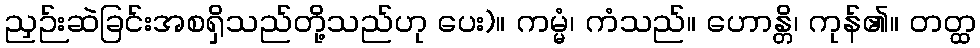
ညှဉ်းဆဲခြင်းအစရှိသည်တို့သည်ဟု ပေး)။ ကမ္မံ၊ ကံသည်။ ဟောန္တိ၊ ကုန်၏။ တတ္ထ